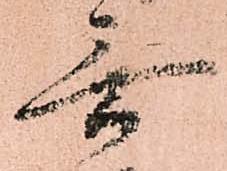
無